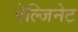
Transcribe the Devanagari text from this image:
ऐल्जिनेट